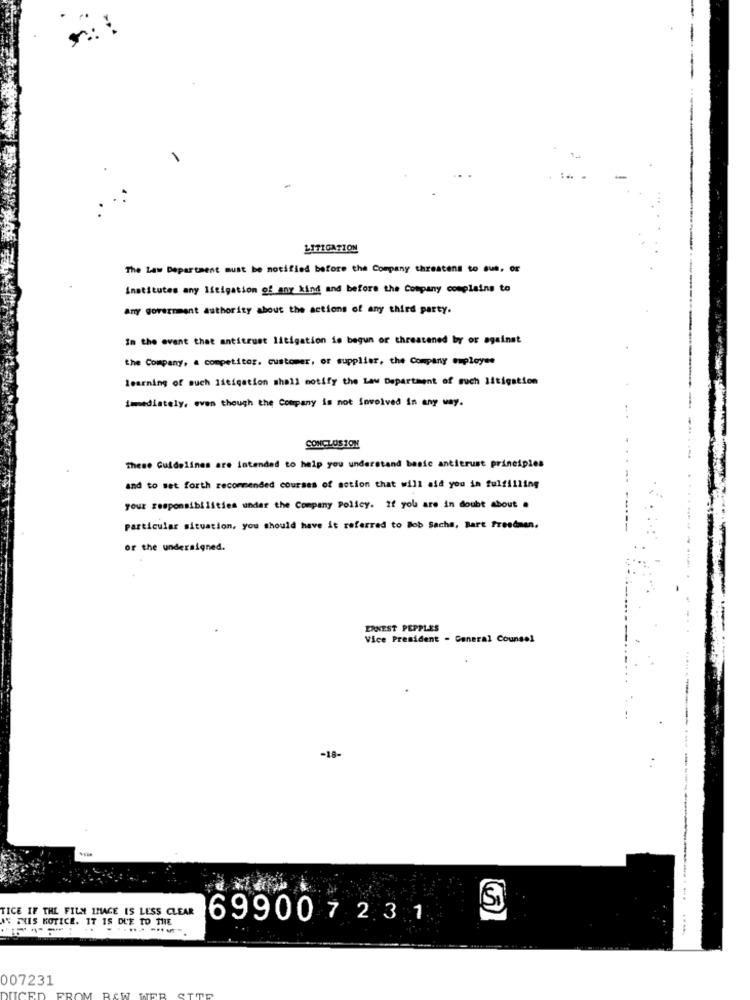
LITIGATION
The Law Department must be notified before the Company threatens to que, or
Institutes any litigation of any kind and before the Company complains to
Any government authority about the actions of any third party.
In the event that antitrust litigation in begun or threatened by or against
the Company, a competitor, customer, or supplier, the Company employee
learning of such litigation shall notify the Law Department of such litigation
immediately, even though the Company is not involved in any way.
CONCLUSION
These Guidelines are intended to help you understand basic antitrust principles
and to set forth recommended courses of motion that will aid you in fulfilling
your responsibilities under the Company Policy. If you are in doubt about .
particular situation, you should have it referred to Bob Sacha, Bart freedman.
or the undersigned.
ERNEST PEPPLES
Vice President - General Counsel
-18-
TICE IF THE FILM IMAGE IS LESS CLEAR
AS FAIS NOTICE. IT IS DUE TO THE
699007 23 1
......----
007231
UCED